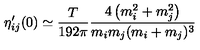
\eta _ { i j } ^ { \prime } ( 0 ) \simeq { \frac { T } { 1 9 2 \pi } } { \frac { 4 \left( m _ { i } ^ { 2 } + m _ { j } ^ { 2 } \right) } { m _ { i } m _ { j } ( m _ { i } + m _ { j } ) ^ { 3 } } }